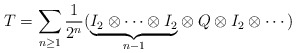
\begin{align*}T = \sum_{n\geq 1} \frac{1}{2^n} (\underset{n-1}{\underbrace{I_2 \otimes \cdots \otimes I_2}} \otimes Q \otimes I_2 \otimes \cdots)\end{align*}